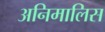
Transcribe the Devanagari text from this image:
अनिमालिस